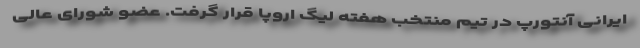
ایرانی آنتورپ در تیم منتخب هفته لیگ اروپا قرار گرفت. عضو شورای عالی